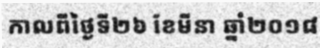
កាលពីថ្ងៃទី២៦ ខែមីនា ឆ្នាំ២០១៨